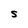
Character: S